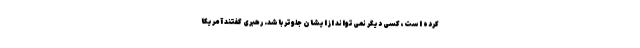
کرده است، کسی دیگر نمی‌تواند از ایشان جلوتر باشد. رهبری گفتند آمریکا